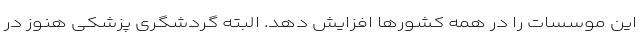
این موسسات را در همه کشورها افزایش دهد. البته گردشگری پزشکی هنوز در